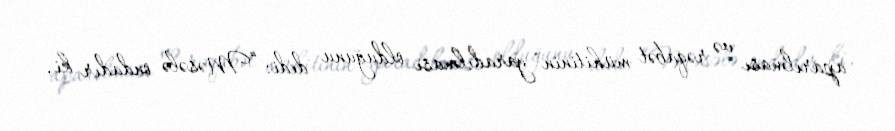
aparılması və rəqabət mühitinin yaradılması olduğunu dedi: “Məsələ ondadır ki,